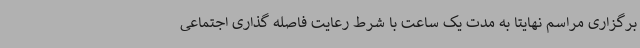
برگزاری مراسم نهایتاً به مدت یک ساعت با شرط رعایت فاصله گذاری اجتماعی